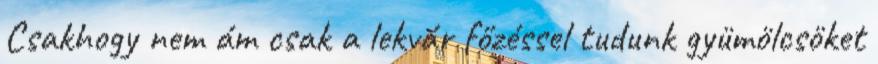
Csakhogy nem ám csak a lekvár főzéssel tudunk gyümölcsöket